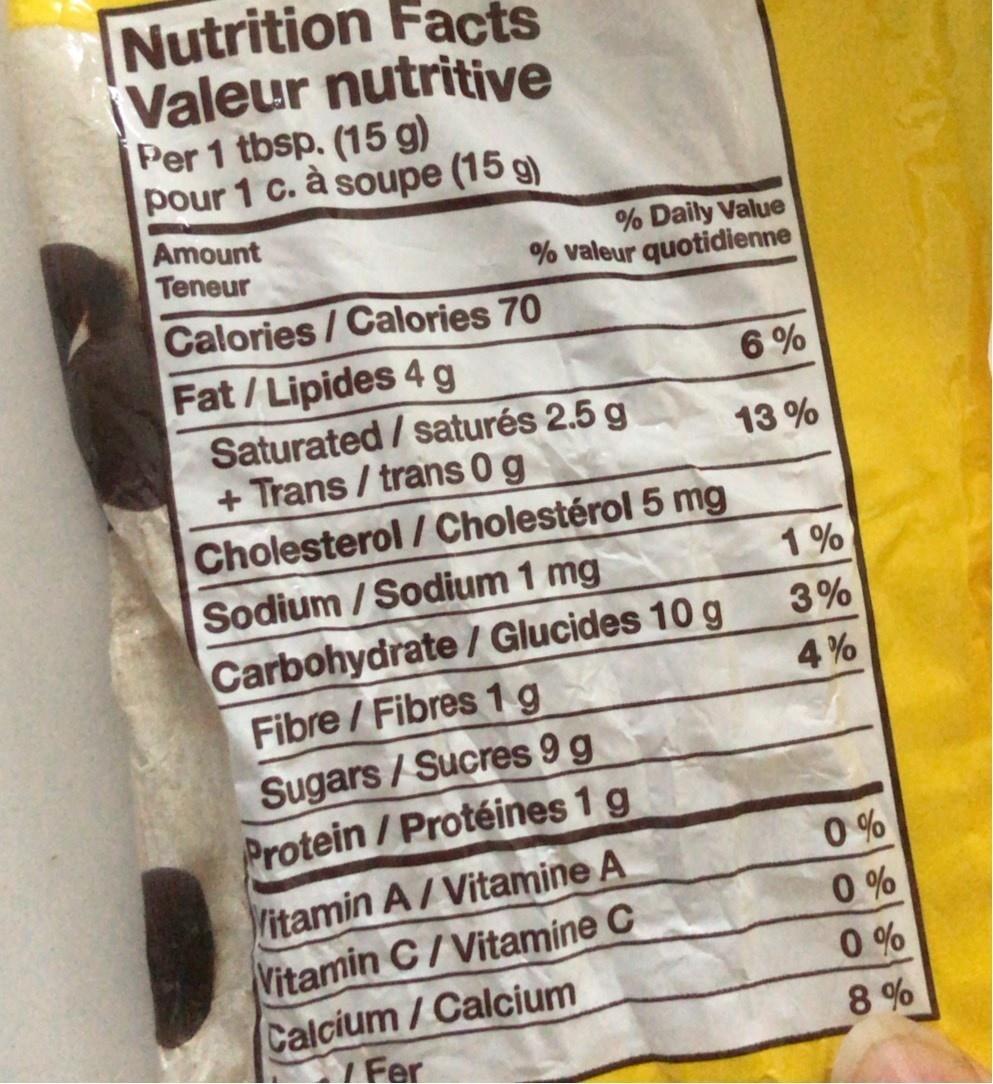
Nutrition Facts Valeur nutritive Per 1 tbsp. (15 g) pour 1 c. à soupe (15 g)
Amount Teneur
% Daily Value % valeur quotidienne
Calories/Calories 70 Fat/Lipides 4 g Saturated / saturés 2.5 g + Trans / trans 0 g
6 %
13 %
Cholesterol / Cholestérol 5 mg
Sodium / Sodium 1 mg
1 %
Carbohydrate / Glucides 10 g Fibre /Fibres 1g
3%
4 %
Sugars / Sucres 9 g Protein/Protéines 1 g
0%
Vitamin A/Vitamine A Vitamin C/Vitamine C Calcium/Calcium Fer
0 %
0 %
8 %